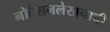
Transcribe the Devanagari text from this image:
नोटेशनलेखनाची